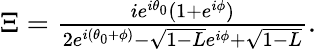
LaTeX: \begin{array}{r}{\Xi=\frac{ie^{i\theta_{0}}(1+e^{i\phi})}{2e^{i(\theta_{0}+\phi)}-\sqrt{1-L}e^{i\phi}+\sqrt{1-L}}.}\end{array}